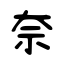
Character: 奈